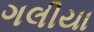
ગલીયા